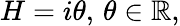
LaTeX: H=i\theta,\, \theta\in\mathbb{R},